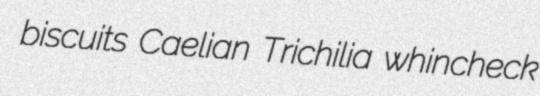
biscuits Caelian Trichilia whincheck